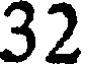
32